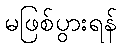
မဖြစ်ပွားရန်